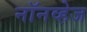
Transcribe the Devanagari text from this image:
नॉनव्हेज